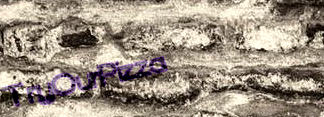
TryOurPizza